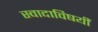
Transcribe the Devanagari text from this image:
स्वादाविषयीं